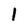
Character: 1